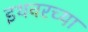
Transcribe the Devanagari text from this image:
इथवरच्या